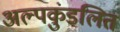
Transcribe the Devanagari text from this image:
अल्पकुंडलित